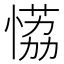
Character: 𰑾